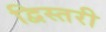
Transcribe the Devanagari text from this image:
द्विस्तरी